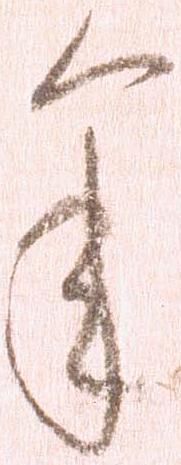
年